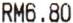
RM6.80